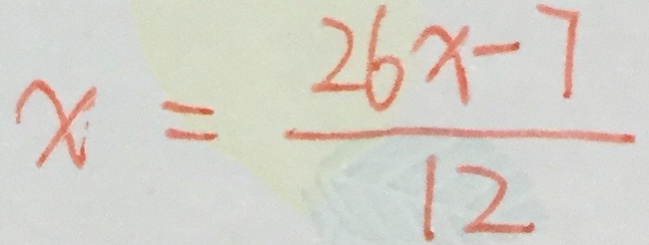
x = \frac { 2 6 x - 7 } { 1 2 }